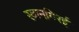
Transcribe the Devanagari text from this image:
स्वानगिरई